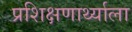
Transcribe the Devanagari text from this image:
प्रशिक्षणार्थ्याला